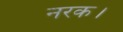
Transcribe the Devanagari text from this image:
नरक।